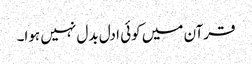
قرآن میں کوئی ادل بدل نہیں ہوا۔